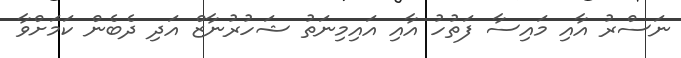
ނަސްރު އާއި މައިސާ ފަތުހު އާއި އައިމިނަތު ޝަހުރުނާޒް އަދި ދެބެން ކަމަށްވާ